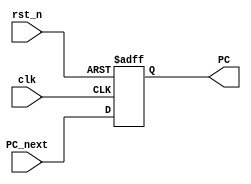
module PC_FF (
    input [31:0] PC_next,
    input rst_n,clk,
    output reg [31:0] PC
);

always @(posedge clk ,negedge rst_n) begin
    if(!rst_n)
    PC <= 0;
    else
    PC<=PC_next;
end
    
endmodule